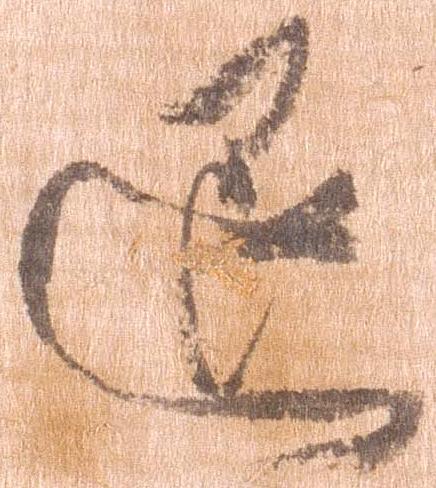
退